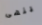
ينهى